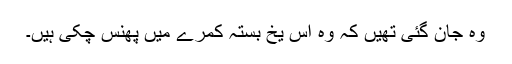
وہ جان گئی تھیں کہ وہ اس یخ بستہ کمرے میں پھنس چکی ہیں۔